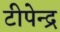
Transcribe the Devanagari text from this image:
टीपेन्द्र